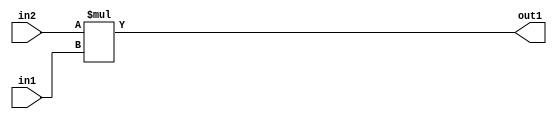
`timescale 1ps / 1ps
/*****************************************************************************
    Verilog RTL Description
    
    
    Created by: Stratus DpOpt 2019.1.01 
*******************************************************************************/

module st_weight_addr_gen_Mul_32Ux16U_32U_4_9 (
	in2,
	in1,
	out1
	); /* architecture "behavioural" */ 
input [31:0] in2;
input [15:0] in1;
output [31:0] out1;
wire [31:0] asc001;

assign asc001 = 
	+(in2 * in1);

assign out1 = asc001;
endmodule

/* CADENCE  ubL0Qgo= : u9/ySgnWtBlWxVPRXgAZ4Og= ** DO NOT EDIT THIS LINE ******/